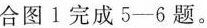
合图Ⅰ完成5-6题。